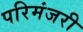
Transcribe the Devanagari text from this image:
परिमंजरी